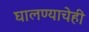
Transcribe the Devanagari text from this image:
घालण्‍याचेही